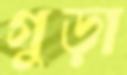
গুড়া